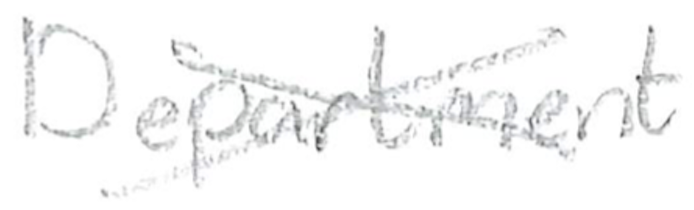
Text: Department
Cross-out: cross
Writing tool: pencil